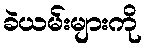
ခဲယမ်းများကို